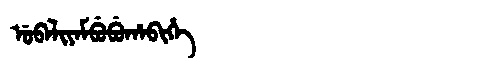
Manchu: ᡠᠪᠠᠯᡳᠶᠠᠮᠪᡠᠪᡠᡥᠠᠪᡳᡥᡝ
Romanization: UBALIYAMBUBUHABIHE